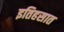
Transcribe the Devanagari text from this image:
इतिहसात